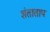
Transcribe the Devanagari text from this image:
शंताताप